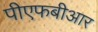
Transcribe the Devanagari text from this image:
पीएफबीआर